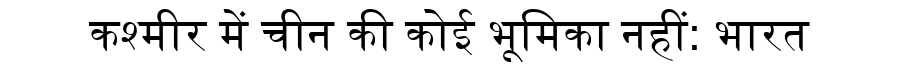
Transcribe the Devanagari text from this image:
कश्मीर में चीन की कोई भूमिका नहीं: भारत